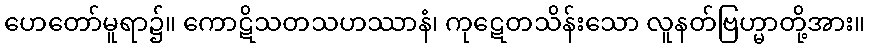
ဟေတော်မူရာ၌။ ကောဋိသတသဟဿာနံ၊ ကုဋေတသိန်းသော လူနတ်ဗြဟ္မာတို့အား။